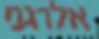
אלרגני